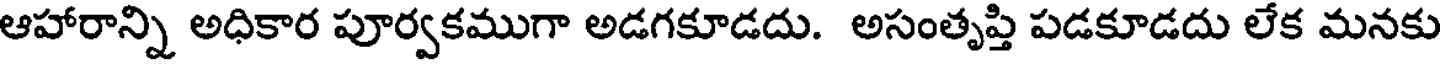
ఆహారాన్ని అధికార పూర్వకముగా అడగకూడదు. అసంతృప్తి పడకూడదు లేక మనకు